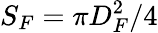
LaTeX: S_{F}=\pi D_{F}^{2}/4